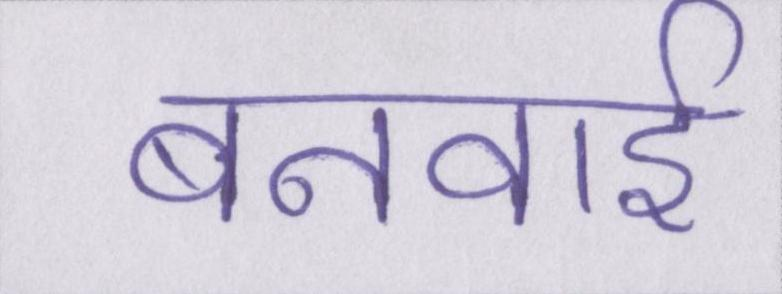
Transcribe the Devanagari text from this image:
बनवाई